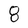
Character: 8